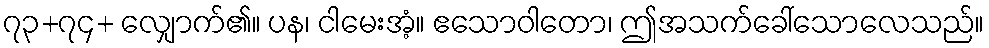
၇၃+၇၄+ လျှောက်၏။ ပန၊ ငါမေးအံ့။ ဧသောဝါတော၊ ဤအသက်ခေါ်သောလေသည်။